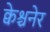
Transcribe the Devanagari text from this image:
क्वेश्चनेर